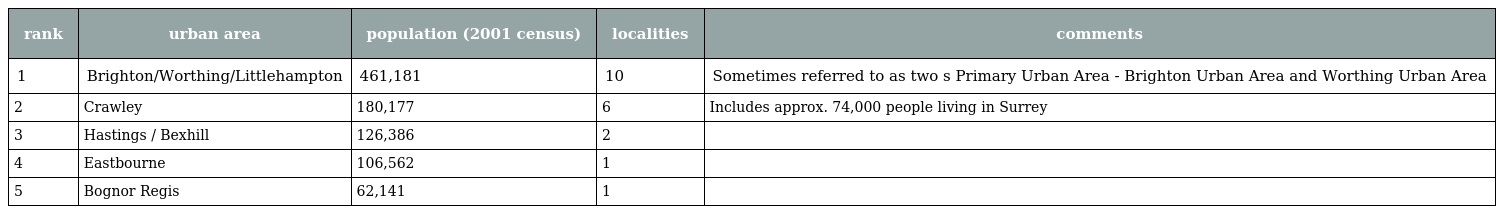
| rank | urban area | population (2001 census) | localities | comments |
 | --- | --- | --- | --- | --- |
 | 1 | Brighton/Worthing/Littlehampton | 461,181 | 10 | Sometimes referred to as two s Primary Urban Area - Brighton Urban Area and Worthing Urban Area |
 | 2 | Crawley | 180,177 | 6 | Includes approx. 74,000 people living in Surrey |
 | 3 | Hastings / Bexhill | 126,386 | 2 |  |
 | 4 | Eastbourne | 106,562 | 1 |  |
 | 5 | Bognor Regis | 62,141 | 1 |  |